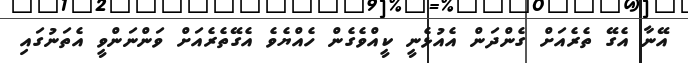
އޭނާ އެގޭ ތެރެއަށް ގެންދަން އެއުޅެނީ ކީއްވެގެން ހެއްޔެވެ އެގޭތެރެއަށް ވަންނަންވީ އެތަނުގައި